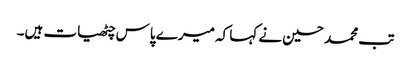
تب محمد حسین نے کہا کہ میرے پاس چٹھیات ہیں۔